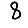
Digit: 8